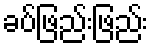
ခပ်ဖြည်းဖြည်း